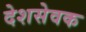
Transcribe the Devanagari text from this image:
देशसेवक